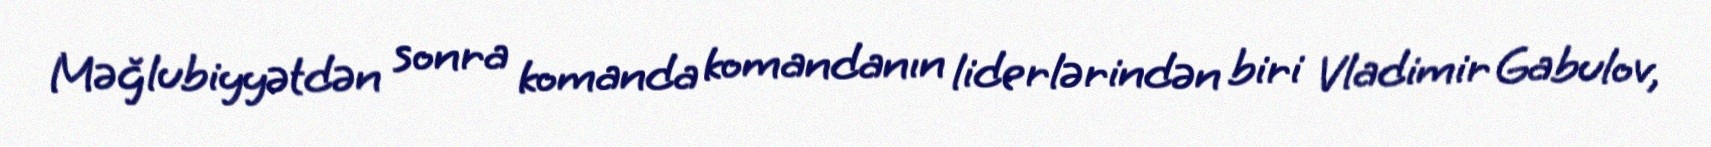
Məğlubiyyətdən sonra komanda komandanın liderlərindən biri Vladimir Gabulov,